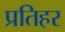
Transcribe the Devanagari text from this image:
प्रतिहर